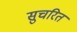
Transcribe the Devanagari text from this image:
सुचरित